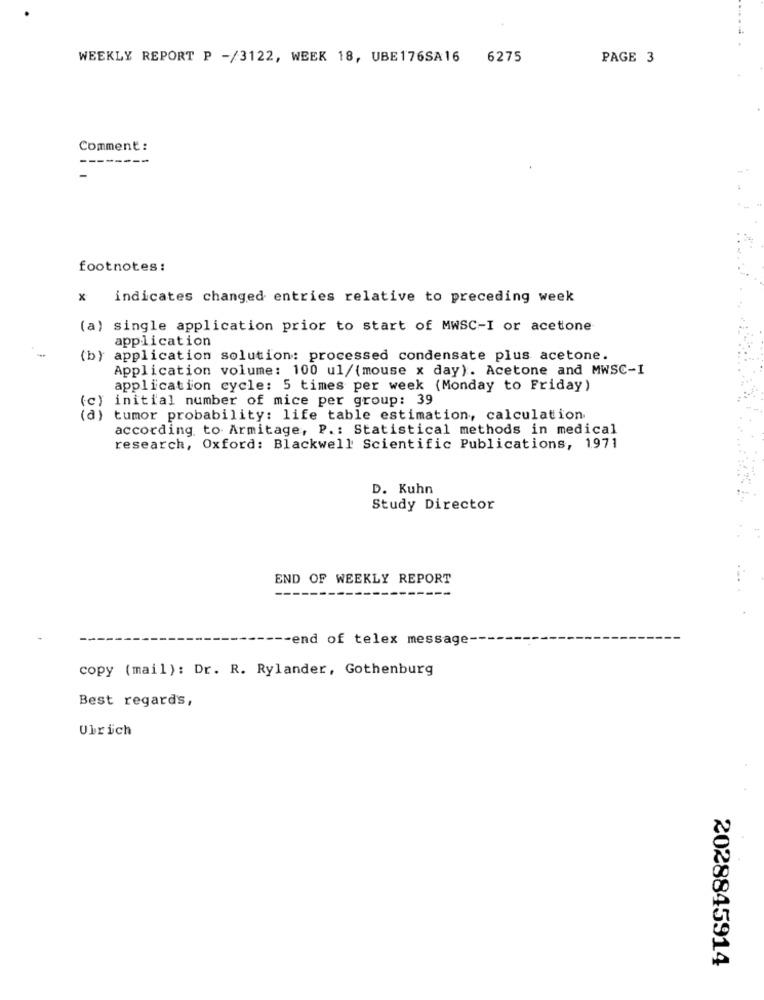
WEEKLY REPORT P -/3122, WEEK 18, UBE176SA16
6275
PAGE 3
Comment:
------
footnotes :
indicates changed entries relative to preceding week
(a) single application prior to start of MWSC-I or acetone
application
(b) application solution: processed condensate plus acetone.
Application volume: 100 ul/(mouse x day). Acetone and MWSC-I
application cycle: 5 times per week (Monday to Friday)
(c) initial number of mice per group: 39
(a) tumor probability: life table estimation, calculation
according to Armitage, P .: Statistical methods in medical
research, Oxford: Blackwell Scientific Publications, 1971
D. Kuhn
Study Director
END OF WEEKLY REPORT
-end of telex message-
copy (mail): Dr. R. Rylander, Gothenburg
Best regards,
Ulrich
2028845914